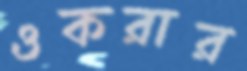
ওকরার